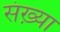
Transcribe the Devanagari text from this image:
संख़्या